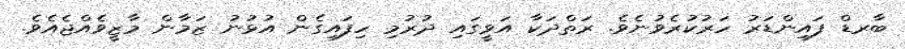
ބާރޑް ފައިންޑަރު ހަރުކުރެވުނެވެ. ރަތްދަކާ އަވީގައި ދުރުމި ހިފައިގެން އުޅުނު ޒަމާން މާޒީވެއްޖެއެވެ.